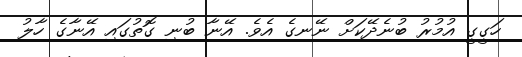
ހަގީގީ އުމުރު ބުނެދޭކަށް ނޭނގެ އެވެ. އޭނާ ބުނި ގޮތުގައި އޭނާގެ ހާލު